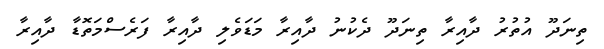
ތިނަދޫ އުތުރު ދާއިރާ ތިނަދޫ ދެކުނު ދާއިރާ މަޑަވެލި ދާއިރާ ފަރެސްމަތޮޑާ ދާއިރާ